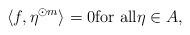
LaTeX: \begin{align*} \langle f,\eta^{\odot m}\rangle =0 \mbox{for all} \eta \in A,\end{align*}